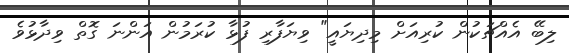
ލިބޭ އެއްޗަކުން ކުރިއަށް މިދިޔައީ" ވިޔަފާރި ފުޅާ ކުރަމުން އަންނަ ގޮތް ވިދާޅުވެ